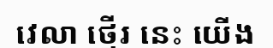
វេលា ថ្មើរ នេះ យើង